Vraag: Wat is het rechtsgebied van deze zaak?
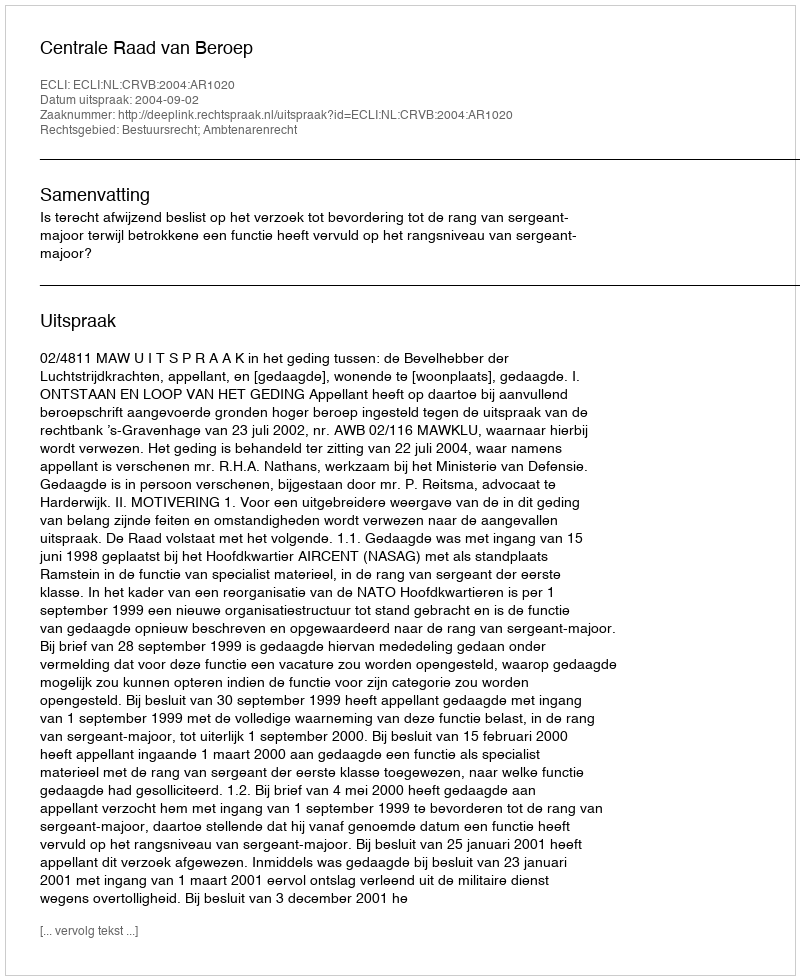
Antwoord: Bestuursrecht; Ambtenarenrecht